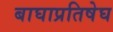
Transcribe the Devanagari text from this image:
बाघाप्रतिषेघ